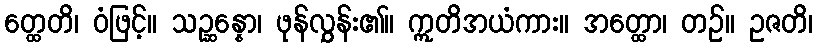
တ္ထေတိ၊ ဝံဖြင့်။ သဉ္ဆန္နော၊ ဖုန်လွှန်း၏။ ဣတိအယံကား။ အတ္ထော၊ တဉ်။ ဥဇတိ၊